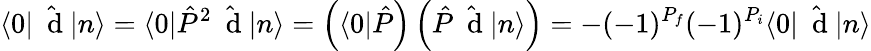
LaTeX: \langle 0|\hat{\mathrm{~\mathbf~d~}}|n\rangle=\langle 0|\hat{P}^{2}\hat{\mathrm{~\mathbf~d~}}|n\rangle=\left(\langle 0|\hat{P}\right)\left(\hat{P}\hat{\mathrm{~\mathbf~d~}}|n\rangle\right)=-(-1)^{P_{f}}(-1)^{P_{i}}\langle 0|\hat{\mathrm{~\mathbf~d~}}|n\rangle